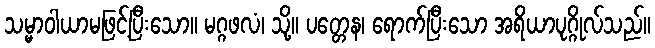
သမ္မာဝါယာမဖြင့်ပြီးသော။ မဂ္ဂဖလံ၊ သို့။ ပတ္တေန၊ ရောက်ပြီးသော အရိယာပုဂ္ဂိုလ်သည်။